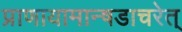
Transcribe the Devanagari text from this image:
प्राणायामान्षडाचरेत्